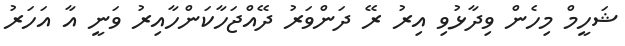
ޝަހީމް މިހެން ވިދާޅުވި އިރު ރޭ ދަންވަރު ދޭއްޖަހާކަންހާއިރު ވަނީ އާ އަހަރު